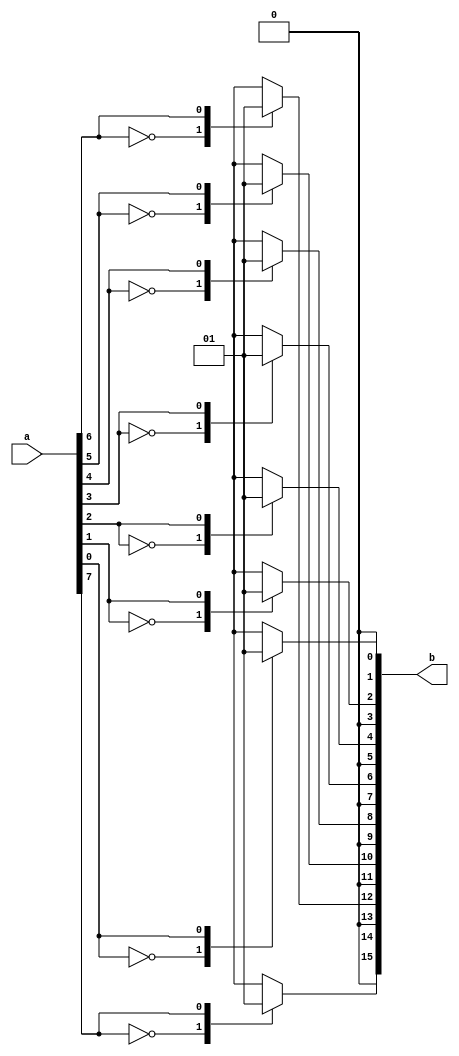
`timescale 1ns / 1ps
//////////////////////////////////////////////////////////////////////////////////
// Company: 
// Engineer: 
// 
// Design Name: 
// Module Name: crumb_encoding
// Project Name: 
// Target Devices: 
// Tool Versions: 
// Description: 
// 
// Dependencies: 
// 
// Revision:
// Revision 0.01 - File Created
// Additional Comments:
// 
//////////////////////////////////////////////////////////////////////////////////


module crumb_encoding(a,b);

        input [7:0]a;
        output reg [15:0]b;
        
        always@(*)
        begin
        
         case(a[0])
             1'b0:begin
             b[0] =0;b[1]=0;
             end
              
             1'b1:begin
             b[0] = 1;b[1] = 0;
             end
         endcase
         
          case(a[1])         
             1'b0:begin
             b[2] =0;b[3]=0;
             end
             
             1'b1:begin 
             b[2] = 1;b[3] = 0;
             end
         endcase
         
           case(a[2])
             1'b0:begin 
             b[4] =0;b[5]=0 ;
             end
             
             1'b1:begin 
             b[4] = 1;b[5] = 0; 
             end
         endcase
         
           case(a[3])
             1'b0:begin
             b[6] =0;b[7]=0 ;
             end
             
             1'b1:begin
             b[6] = 1;b[7] = 0;
             end
         endcase
         
          case(a[4])
             1'b0:begin
             b[8] =0;b[9]=0 ;
             end
             
             1'b1:begin
             b[8] = 1;b[9] = 0;
             end
         endcase
         
          case(a[5])
             1'b0:begin 
             b[10] =0;b[11]=0 ;
             end
             
             1'b1:begin 
             b[10] = 1;b[11] = 0; 
             end
         endcase
         
          case(a[6])
             1'b0:begin 
             b[12] =0;b[13]=0 ;
             end
             
             1'b1:begin 
             b[12] = 1;b[13] = 0; 
             end
         endcase 
         
         case(a[7])
             1'b0:begin 
             b[14] =0;b[15]=0 ;
             end
             
             1'b1:begin 
             b[14] = 1;b[15] = 0; 
             end
         endcase
         
         end
 endmodule